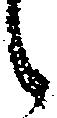
候